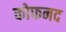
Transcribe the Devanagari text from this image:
कोफनद